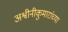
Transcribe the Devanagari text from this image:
अश्वीनीकुमारांच्या